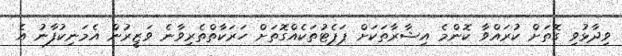
ވިދާޅުވި ގޮތަށް ކުރައްވާ ކޮންމެ އިޝާރާތަކަށް ޕަޕެޓުތަކެއްގޮަތަށް ހަރަކާތްތެރިވާނެ ވަޒީރުން އެމަނިކުފާނު އެ